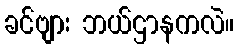
ခင်ဗျား ဘယ်ဌာနကလဲ။